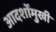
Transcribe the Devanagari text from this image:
आदर्शोंमुखी